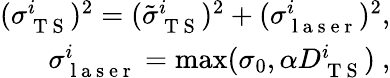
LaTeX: \begin{array}{r}{(\sigma_{\mathrm{~T~S~}}^{i})^{2}=(\tilde{\sigma}_{\mathrm{~T~S~}}^{i})^{2}+(\sigma_{\mathrm{~l~a~s~e~r~}}^{i})^{2},}\\ {\sigma_{\mathrm{~l~a~s~e~r~}}^{i}=\operatorname*{max}(\sigma_{0},\alpha D_{\mathrm{~T~S~}}^{i})\ ,}\end{array}